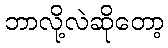
ဘာလို့လဲဆိုတော့